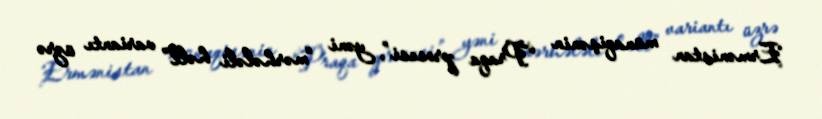
Ermənistan münaqişənin “Praqa prosesi”, yəni “mərhələli həll” variantı üzrə